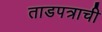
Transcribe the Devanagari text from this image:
ताडपत्राची